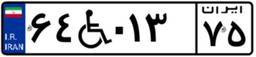
۹۷W۹۶۳۲۶